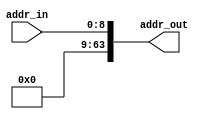
`timescale 1ns / 1ps
//////////////////////////////////////////////////////////////////////////////////
// Company: 
// Engineer: 
// 
// Design Name: 
// Module Name:    extend_10_to_64 
// Project Name: 
// Target Devices: 
// Tool versions: 
// Description: 
//
// Dependencies: 
//
// Revision: 
// Revision 0.01 - File Created
// Additional Comments: 
//
//////////////////////////////////////////////////////////////////////////////////
module extend_10_to_64(
    input [8:0] addr_in,
    output [63:0] addr_out
    );

	assign addr_out = {55'd0,addr_in};

endmodule